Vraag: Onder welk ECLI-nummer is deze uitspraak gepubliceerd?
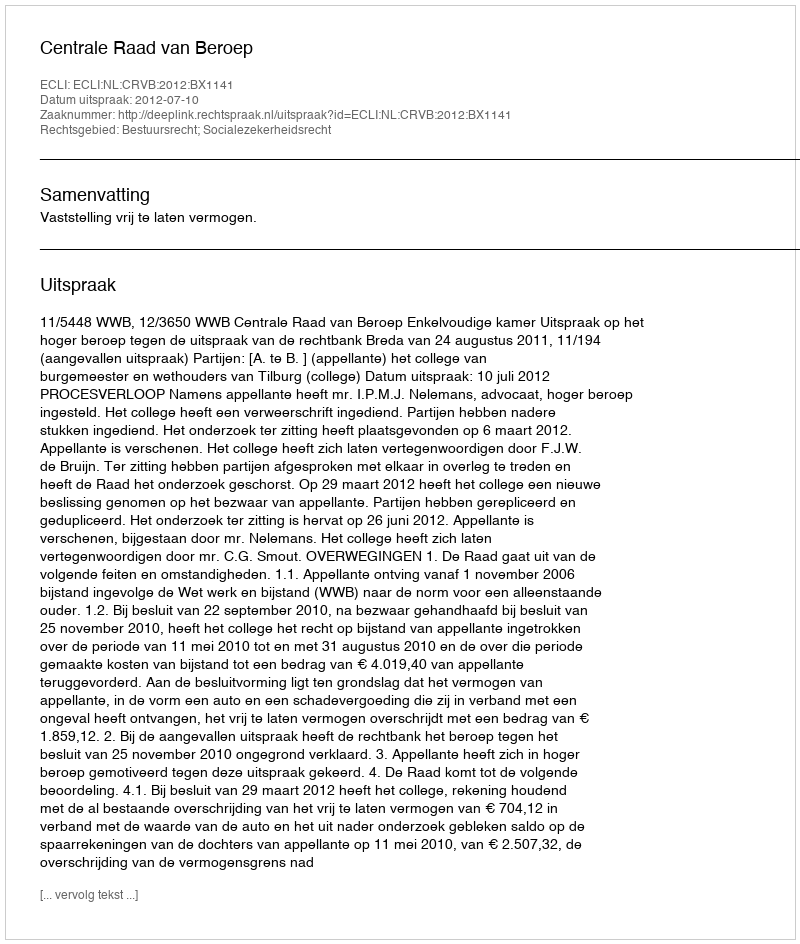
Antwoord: ECLI:NL:CRVB:2012:BX1141